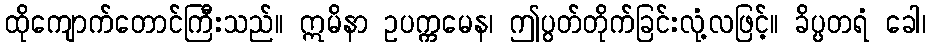
ထိုကျောက်တောင်ကြီးသည်။ ဣမိနာ ဥပက္ကမေန၊ ဤပွတ်တိုက်ခြင်းလုံ့လဖြင့်။ ခိပ္ပတရံ ခေါ၊